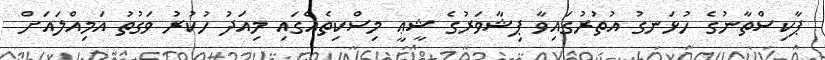
ޕާކިސްތާނުގެ ހުޅަނގު އުތުރުގައިވާ ޕިޝާވަރުގެ ޝީޢީ މިސްކިތެއްގައި މިއަދު ހުކުރު ވަގުތު އަމިއްލައަށް